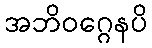
အဘိဝဂ္ဂေနပိ